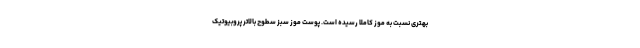
بهتری نسبت به موز کاملا رسیده است. پوست موز سبز سطوح بالاتر پروبیوتیک